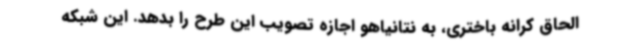
الحاق کرانه باختری، به نتانیاهو اجازه تصویب این طرح را بدهد. این شبکه